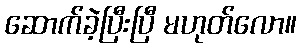
ဆောက်ခဲ့ပြီးပြီ မဟုတ်လော။